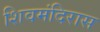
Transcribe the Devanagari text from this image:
शिवमंदिरास